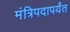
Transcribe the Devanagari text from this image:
मंत्रिपदापर्यंत